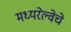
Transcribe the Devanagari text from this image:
मध्यरेल्वेचे